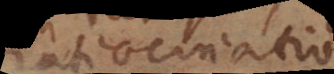
tiocinatio